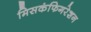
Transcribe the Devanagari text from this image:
मिसकंफिगरेशन